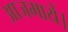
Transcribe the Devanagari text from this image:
आजमायें।